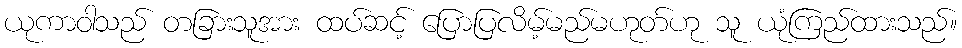
ယုကာဝါသည် တခြားသူအား ထပ်ဆင့် ပြောပြလိမ့်မည်မဟုတ်ဟု သူ ယုံကြည်ထားသည်။